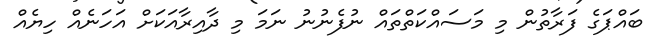
ބައްޕަގެ ފަރާތުން މި މަސައްކަތްތައް ނުފެނުނު ނަމަ މި ދާއިރާއަކަށް އަހަނެއް ހިޔެއް